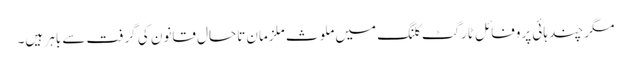
مگر چند ہائی پروفائل ٹارگٹ کلنگ میں ملوث ملزمان تاحال قانون کی گرفت سے باہر ہیں۔